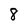
Character: 8